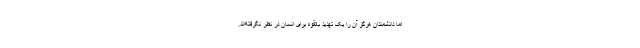
اما دانشمندان هرگز آن را یک تهدید بالقوه برای انسان در نظر نگرفته‌اند.